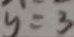
y = 3